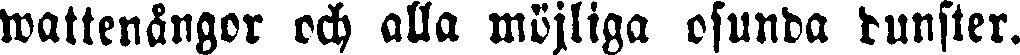
wattenångor och alla möjliga osunda dunster.